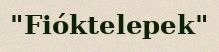
"Fióktelepek"